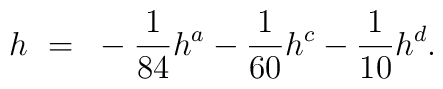
h~=~-\frac{1}{84} h^a -\frac{1}{60} h^c -\frac{1}{10} h^d.